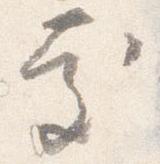
慶